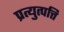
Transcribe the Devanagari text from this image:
प्रत्युत्पत्ति